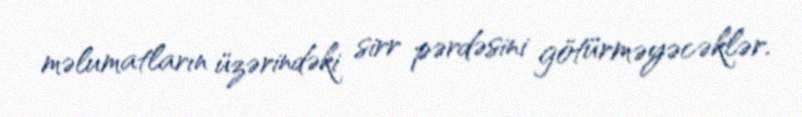
məlumatların üzərindəki sirr pərdəsini götürməyəcəklər.